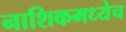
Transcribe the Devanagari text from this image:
नाशिकमध्येच